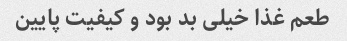
طعم غذا خیلی بد بود و کیفیت پایین